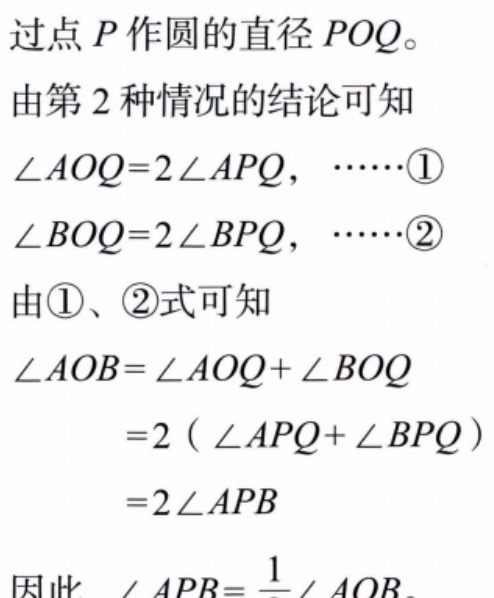
过点 \(P\) 作圆的直径 \(POQ\)。
由第 \(2\) 种情况的结论可知
\(\angle AOQ = 2\angle APQ\)，\(\cdots\cdots\)\textcircled{1}
\(\angle BOQ = 2\angle BPQ\)，\(\cdots\cdots\)\textcircled{2}
由\textcircled{1}、\textcircled{2}式可知
\[\begin{align*}
\angle AOB&=\angle AOQ+\angle BOQ\\
&=2(\angle APQ + \angle BPQ)\\
&=2\angle APB
\end{align*}\]
因此 \(\angle APB=\frac{1}{2}\angle AOB\)。